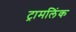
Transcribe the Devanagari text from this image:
ट्रामलिंक